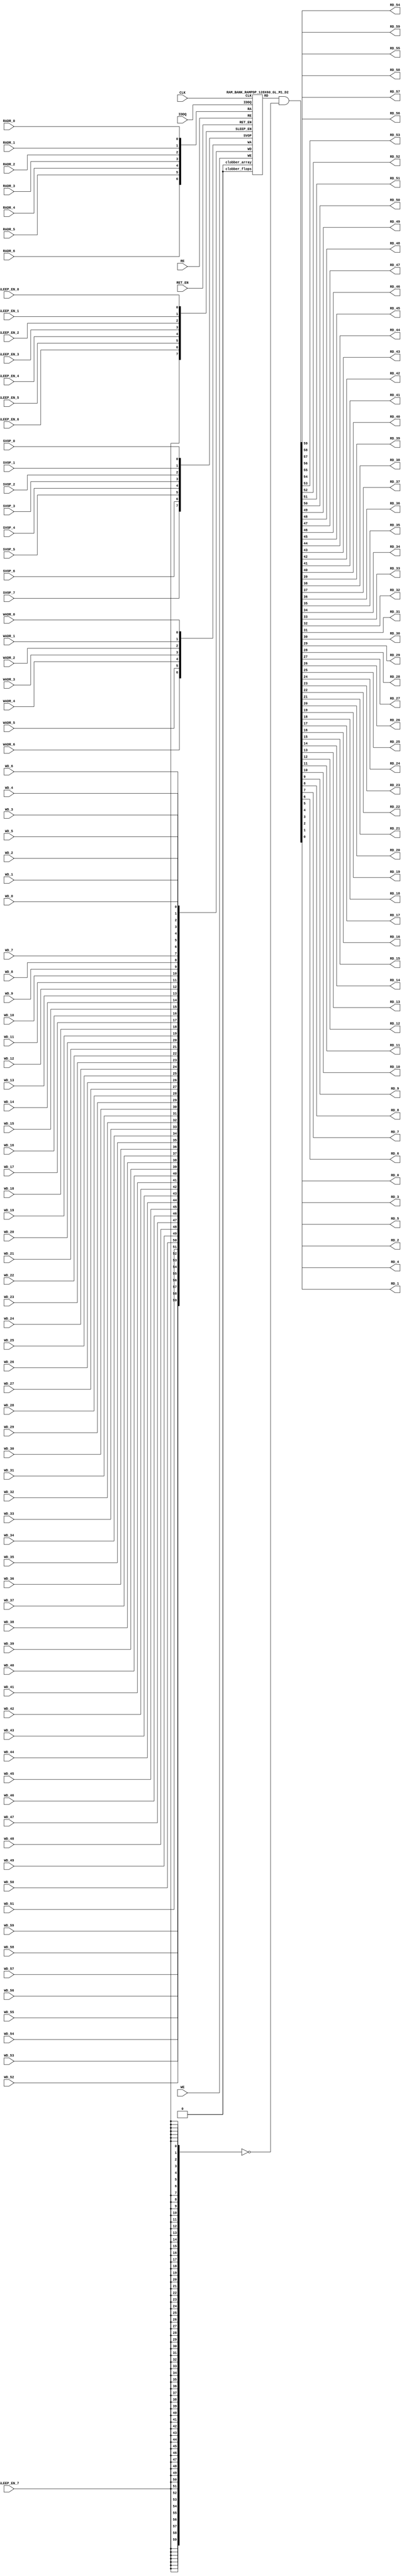
//Technology : TSMC 16FF-LR
//Compiler version: FINAL.1 - 2017-05-25.18:47:15
`ifdef EMULATION
 `define SYNTHESIS
`endif
`ifndef SYNTHESIS
 `ifdef FAULT_INJECTION
  `define SIM_and_FAULT
 `endif
`endif
`ifndef SYNTHESIS
 `ifdef MONITOR
  `define SIM_and_MONITOR
 `endif
`endif
`ifndef SYNTHESIS
`timescale 10ps/1ps
`endif
`celldefine
module RAMPDP_128X60_GL_M1_D2 ( WE, CLK, IDDQ, SVOP_0, SVOP_1, SVOP_2, SVOP_3, SVOP_4, SVOP_5, SVOP_6, SVOP_7
,WD_59, WD_58, WD_57, WD_56, WD_55, WD_54, WD_53, WD_52, WD_51, WD_50, WD_49, WD_48, WD_47, WD_46, WD_45, WD_44, WD_43, WD_42, WD_41, WD_40, WD_39, WD_38, WD_37, WD_36, WD_35, WD_34, WD_33, WD_32, WD_31, WD_30, WD_29, WD_28, WD_27, WD_26, WD_25, WD_24, WD_23, WD_22, WD_21, WD_20, WD_19, WD_18, WD_17, WD_16, WD_15, WD_14, WD_13, WD_12, WD_11, WD_10, WD_9, WD_8, WD_7, WD_6, WD_5, WD_4, WD_3, WD_2, WD_1, WD_0,RD_59, RD_58, RD_57, RD_56, RD_55, RD_54, RD_53, RD_52, RD_51, RD_50, RD_49, RD_48, RD_47, RD_46, RD_45, RD_44, RD_43, RD_42, RD_41, RD_40, RD_39, RD_38, RD_37, RD_36, RD_35, RD_34, RD_33, RD_32, RD_31, RD_30, RD_29, RD_28, RD_27, RD_26, RD_25, RD_24, RD_23, RD_22, RD_21, RD_20, RD_19, RD_18, RD_17, RD_16, RD_15, RD_14, RD_13, RD_12, RD_11, RD_10, RD_9, RD_8, RD_7, RD_6, RD_5, RD_4, RD_3, RD_2, RD_1, RD_0, RE
, RADR_6, RADR_5, RADR_4, RADR_3, RADR_2, RADR_1, RADR_0, WADR_6, WADR_5, WADR_4, WADR_3, WADR_2, WADR_1, WADR_0, SLEEP_EN_7, SLEEP_EN_6, SLEEP_EN_5, SLEEP_EN_4, SLEEP_EN_3, SLEEP_EN_2, SLEEP_EN_1, SLEEP_EN_0, RET_EN
);
// nvProps NoBus SLEEP_EN_
`ifndef RAM_INTERFACE
`ifndef SYNTHESIS
// Physical ram size defined as localparam
parameter phy_rows = 128;
parameter phy_cols = 60;
parameter phy_rcols_pos = 60'b000000000000000000000000000000000000000000000000000000000000;
`endif //SYNTHESIS
`endif //RAM_INTERFACE
// Test mode control ports
input IDDQ;
// Clock port
input CLK;
// SVOP ports
input SVOP_0, SVOP_1, SVOP_2, SVOP_3, SVOP_4, SVOP_5, SVOP_6, SVOP_7;
// Write data ports
input WD_59, WD_58, WD_57, WD_56, WD_55, WD_54, WD_53, WD_52, WD_51, WD_50, WD_49, WD_48, WD_47, WD_46, WD_45, WD_44, WD_43, WD_42, WD_41, WD_40, WD_39, WD_38, WD_37, WD_36, WD_35, WD_34, WD_33, WD_32, WD_31, WD_30, WD_29, WD_28, WD_27, WD_26, WD_25, WD_24, WD_23, WD_22, WD_21, WD_20, WD_19, WD_18, WD_17, WD_16, WD_15, WD_14, WD_13, WD_12, WD_11, WD_10, WD_9, WD_8, WD_7, WD_6, WD_5, WD_4, WD_3, WD_2, WD_1, WD_0;
// Read data ports
output RD_59, RD_58, RD_57, RD_56, RD_55, RD_54, RD_53, RD_52, RD_51, RD_50, RD_49, RD_48, RD_47, RD_46, RD_45, RD_44, RD_43, RD_42, RD_41, RD_40, RD_39, RD_38, RD_37, RD_36, RD_35, RD_34, RD_33, RD_32, RD_31, RD_30, RD_29, RD_28, RD_27, RD_26, RD_25, RD_24, RD_23, RD_22, RD_21, RD_20, RD_19, RD_18, RD_17, RD_16, RD_15, RD_14, RD_13, RD_12, RD_11, RD_10, RD_9, RD_8, RD_7, RD_6, RD_5, RD_4, RD_3, RD_2, RD_1, RD_0;
// Read enable ports
input RE;
// Write enable ports
input WE;
// Read address ports
input RADR_6, RADR_5, RADR_4, RADR_3, RADR_2, RADR_1, RADR_0;
// Write address ports
input WADR_6, WADR_5, WADR_4, WADR_3, WADR_2, WADR_1, WADR_0;
// PG Zone enables
input SLEEP_EN_0, SLEEP_EN_1, SLEEP_EN_2, SLEEP_EN_3, SLEEP_EN_4, SLEEP_EN_5, SLEEP_EN_6, SLEEP_EN_7, RET_EN;
`ifndef RAM_INTERFACE
wire VDD = 1'b1;
wire GND = 1'b0;
// Combine the sleep enable pins into one bus
 wire [7:0] SLEEP_EN = {SLEEP_EN_7, SLEEP_EN_6, SLEEP_EN_5, SLEEP_EN_4, SLEEP_EN_3, SLEEP_EN_2, SLEEP_EN_1, SLEEP_EN_0};
// Signal to clamp the outputs when the VDD is power gated off.
 wire clamp_rd = SLEEP_EN[7] ;
// State point clobering signals
// X-out state points when their power goes out
    wire clobber_x;
`ifndef SYNTHESIS
`ifdef DISABLE_REPAIR_X
    wire check_x = (RET_EN ^ (^SLEEP_EN[7:0]) ^ SVOP_0 ^ SVOP_1 ^ SVOP_2 ^ SVOP_3 ^ SVOP_4 ^ SVOP_5 ^ SVOP_6 ^ SVOP_7);
`else
    wire check_x = (RET_EN ^ (^SLEEP_EN[7:0]) ^ SVOP_0 ^ SVOP_1 ^ SVOP_2 ^ SVOP_3 ^ SVOP_4 ^ SVOP_5 ^ SVOP_6 ^ SVOP_7 );
`endif
    assign clobber_x = ((check_x === 1'bx) || (check_x === 1'bz))?1'b1:1'b0;
    wire clobber_array = (~RET_EN & (|SLEEP_EN[3:0])) | clobber_x;
    wire clobber_flops = (|SLEEP_EN[7:4]) | clobber_x ;
`else //SYNTHESIS
    wire clobber_array = 1'b0;
    wire clobber_flops = 1'b0;
    assign clobber_x = 1'b0;
`endif //SYNTHESIS 
// Output valid signal
// Outputs are unknown in non-retention mode if VDDM is powered up , but VDD is not
    wire outvalid;
 assign outvalid = ~(clobber_x | (~RET_EN & (|SLEEP_EN[3:0]) & (|(~SLEEP_EN[7:4]))));
//assemble & rename wires
// Extend the MSB's of the read/write addresses to cover all the flop inputs
// The number of address flops is fixed. Also combine all the individual *_* bits into one bus
 wire [6:0] RA = {RADR_6, RADR_5, RADR_4, RADR_3, RADR_2, RADR_1, RADR_0};
 wire [6:0] WA = {WADR_6, WADR_5, WADR_4, WADR_3, WADR_2, WADR_1, WADR_0};
// Combine all the write data input bits
 wire [59:0] WD = {WD_59, WD_58, WD_57, WD_56, WD_55, WD_54, WD_53, WD_52, WD_51, WD_50, WD_49, WD_48, WD_47, WD_46, WD_45, WD_44, WD_43, WD_42, WD_41, WD_40, WD_39, WD_38, WD_37, WD_36, WD_35, WD_34, WD_33, WD_32, WD_31, WD_30, WD_29, WD_28, WD_27, WD_26, WD_25, WD_24, WD_23, WD_22, WD_21, WD_20, WD_19, WD_18, WD_17, WD_16, WD_15, WD_14, WD_13, WD_12, WD_11, WD_10, WD_9, WD_8, WD_7, WD_6, WD_5, WD_4, WD_3, WD_2, WD_1, WD_0};
 wire [59:0] RD;
// Expand the read data bus into individual output bits
// assign {RD_59, RD_58, RD_57, RD_56, RD_55, RD_54, RD_53, RD_52, RD_51, RD_50, RD_49, RD_48, RD_47, RD_46, RD_45, RD_44, RD_43, RD_42, RD_41, RD_40, RD_39, RD_38, RD_37, RD_36, RD_35, RD_34, RD_33, RD_32, RD_31, RD_30, RD_29, RD_28, RD_27, RD_26, RD_25, RD_24, RD_23, RD_22, RD_21, RD_20, RD_19, RD_18, RD_17, RD_16, RD_15, RD_14, RD_13, RD_12, RD_11, RD_10, RD_9, RD_8, RD_7, RD_6, RD_5, RD_4, RD_3, RD_2, RD_1, RD_0} = (outvalid) ? RD : 60'bx;
// Do the read data swizzing based on the number of words and bits.
`ifndef SYNTHESIS
 assign {RD_59, RD_58, RD_57, RD_56, RD_55, RD_54, RD_53, RD_52, RD_51, RD_50, RD_49, RD_48, RD_47, RD_46, RD_45, RD_44, RD_43, RD_42, RD_41, RD_40, RD_39, RD_38, RD_37, RD_36, RD_35, RD_34, RD_33, RD_32, RD_31, RD_30, RD_29, RD_28, RD_27, RD_26, RD_25, RD_24, RD_23, RD_22, RD_21, RD_20, RD_19, RD_18, RD_17, RD_16, RD_15, RD_14, RD_13, RD_12, RD_11, RD_10, RD_9, RD_8, RD_7, RD_6, RD_5, RD_4, RD_3, RD_2, RD_1, RD_0} = (outvalid) ? RD & ~{60{clamp_rd}} : 60'bx;
`else
 assign {RD_59, RD_58, RD_57, RD_56, RD_55, RD_54, RD_53, RD_52, RD_51, RD_50, RD_49, RD_48, RD_47, RD_46, RD_45, RD_44, RD_43, RD_42, RD_41, RD_40, RD_39, RD_38, RD_37, RD_36, RD_35, RD_34, RD_33, RD_32, RD_31, RD_30, RD_29, RD_28, RD_27, RD_26, RD_25, RD_24, RD_23, RD_22, RD_21, RD_20, RD_19, RD_18, RD_17, RD_16, RD_15, RD_14, RD_13, RD_12, RD_11, RD_10, RD_9, RD_8, RD_7, RD_6, RD_5, RD_4, RD_3, RD_2, RD_1, RD_0} = RD & ~{60{clamp_rd}};
`endif
 wire [7:0] SVOP = {SVOP_7, SVOP_6, SVOP_5, SVOP_4, SVOP_3, SVOP_2, SVOP_1, SVOP_0};
`ifndef EMULATION
// Instantiate memory bank
// This block defines the core functionality of the rams.
 RAM_BANK_RAMPDP_128X60_GL_M1_D2 ITOP ( WE, CLK, IDDQ, SVOP, WD, RD, RE, RA, WA
, SLEEP_EN
, RET_EN, clobber_array , clobber_flops
);
`ifndef SYNTHESIS
// Tasks for initializing the arrays
//VCS coverage off
always @(clobber_array) begin : clobber_array_block
    integer i;
    if (clobber_array) begin
     for (i=0; i<128; i=i+1) begin
       mem_wr_raw(i, {60{1'bx}});
  end
    end
end
always @(clobber_flops) begin
  if (clobber_flops) begin
      ITOP.RE_LATB <= 1'bx;
      ITOP.RE_FF <= 1'bx;
      ITOP.WE_LATB <= 1'bx;
      ITOP.WE_FF <= 1'bx;
      ITOP.RADR <= 7'bx;
      ITOP.WADR <= 7'bx;
      ITOP.WAFF <= 7'bx;
      ITOP.WDQ_pr <= 60'bx;
      ITOP.dout <= 60'bx;
  end
end
//VCS coverage on
//VCS coverage off
task mem_wr_raw;
  input [6:0] addr;
  input [59:0] data;
  begin
        ITOP.iow0.mem_wr_raw_subbank(addr[6:0],data);
  end
endtask
// Ramgen function for writing the arrays
task mem_write;
  input [6:0] addr;
  input [59:0] data;
  begin
    ITOP.mem_write_bank(addr,data);
  end
endtask
// Ramgen function for reading the arrays
function [59:0] mem_read;
input [6:0] addr;
  begin
        mem_read = ITOP.mem_read_bank(addr);
  end
endfunction
// Random only generates 32 bit value.
// If nbits > 32, call it multiple times
// Old random fill fills all memory locations with same random value
task mem_fill_random;
 reg [59:0] val;
 integer i;
 begin
  for (i=0; i<128; i=i+1) begin
      val = {$random, $random};
      mem_wr_raw(i, val);
  end
 end
endtask
// Fill the memory with a given bit value
task mem_fill_value;
    input fill_bit;
 reg [59:0] val;
    integer i;
    begin
        val = {60{fill_bit}};
        for (i=0; i<128; i=i+1) begin
      mem_wr_raw(i, val);
        end
    end
endtask
// read logical address and feed into salat
task force_rd;
input [6:0] addr;
 reg [59:0] rd;
 `ifdef USE_RAMINIT_LIBS
 reg raminit_active, raminit_argcheck, raminit_debug, raminit_enable, raminit_random, raminit_invert,
     raminit_val, raminit_waitclock, raminit_use_force;
 real raminit_delay_ns, raminit_waitclock_check_ns;
 initial
 begin
   raminit_active = 0; // default is inactive (plusarg to active the ram init functionality)
   raminit_argcheck = 0; // default is no plusargs check (apart from raminit_active and raminit_argcheck)
   raminit_debug = 0; // default is no debug messages
   raminit_enable = 0; // default is no init (variable indicating if the ram init functionality is enabled for this instance)
   raminit_random = 0; // default is no random init
   raminit_invert = 0; // default is not to invert the init value
   raminit_val = 0; // default init value is zero
   raminit_waitclock = 0; // default is not to wait to clock to be non-X
   raminit_use_force = 1; // default is to use force/release
   raminit_delay_ns = `ifdef NV_TOP_RESET_ON_DELAY (`NV_TOP_RESET_ON_DELAY+2) `else 3 `endif; // default is 2ns after nv_top_reset_ goes low or ram clock is not X
   raminit_waitclock_check_ns = `ifdef NV_TOP_RESET_OFF_DELAY (`NV_TOP_RESET_OFF_DELAY) `else 0 `endif; // default is when nv_top_reset_ goes high
   $value$plusargs("raminit_active=%d", raminit_active);
   $value$plusargs("raminit_argcheck=%d", raminit_argcheck);
   if (raminit_argcheck)
   begin
// The following variables are not usually used as plusargs, but instead set through add_inst_array calls or the init_inst_file.
     $value$plusargs("raminit_debug=%d", raminit_debug);
     $value$plusargs("raminit_enable=%d", raminit_enable);
     $value$plusargs("raminit_random=%d", raminit_random);
     $value$plusargs("raminit_invert=%d", raminit_invert);
     $value$plusargs("raminit_val=%d", raminit_val);
     $value$plusargs("raminit_waitclock=%d", raminit_waitclock);
     $value$plusargs("raminit_delay_ns=%f", raminit_delay_ns);
     $value$plusargs("raminit_waitclock_check_ns=%f", raminit_waitclock_check_ns);
     $value$plusargs("raminit_use_force=%d", raminit_use_force);
   end
   `ifdef INST_CHECK
   `INST_CHECK(ram_inst_check0,raminit_active,raminit_debug,raminit_enable,raminit_random,raminit_val,raminit_invert,raminit_waitclock,raminit_delay_ns,raminit_waitclock_check_ns);
   `endif
   if (!raminit_active) raminit_enable = 0;
   else if (raminit_enable)
   begin
     if (raminit_random) raminit_val = `ifdef NO_PLI 1'b0 `else $RollPLI(0,1) `endif;
     if (raminit_invert) raminit_val = ~raminit_val;
   end
   if (raminit_debug)
   begin
     $display("%m: raminit_active              = %d", raminit_active);
     $display("%m: raminit_argcheck            = %d", raminit_argcheck);
     $display("%m: raminit_debug               = %d", raminit_debug);
     $display("%m: raminit_enable              = %d", raminit_enable);
     $display("%m: raminit_random              = %d", raminit_random);
     $display("%m: raminit_invert              = %d", raminit_invert);
     $display("%m: raminit_val                 = %d", raminit_val);
     $display("%m: raminit_waitclock           = %d", raminit_waitclock);
     $display("%m: raminit_delay_ns            = %f ns", raminit_delay_ns);
     $display("%m: raminit_waitclock_check_ns  = %f ns", raminit_waitclock_check_ns);
     $display("%m: raminit_use_force           = %d", raminit_use_force);
   end
 end
 `endif
 `ifdef USE_RAMINIT_LIBS
// init rd
 task init_rd_regs;
 begin
   #0; // wait for raminit variables to be set
   if (raminit_enable)
   begin : raminit_val_blk
     reg [60-1:0] raminit_fullval;
     if (raminit_random) raminit_fullval = `ifdef NO_PLI {60 {1'b1}} `else { $RollPLI(0,{32{1'b1}}), $RollPLI(0,{28{1'b1}}) } `endif ;
     else raminit_fullval = {60 {raminit_val}};
     if (raminit_invert) raminit_fullval = ~raminit_fullval;
     if (raminit_use_force) force rd = raminit_fullval;
     if (raminit_waitclock) wait ( !== 1'bx);
     #(raminit_delay_ns*100);
     `ifdef INST_WAITCLOCK_CHECK
     `INST_WAITCLOCK_CHECK(waitclock_inst_check0,raminit_waitclock,raminit_waitclock_check_ns,100)
     `endif
     if (raminit_use_force) release rd;
     rd = raminit_fullval;
   end
 end
 endtask
 initial begin init_rd_regs(); end
 `ifdef RAMINIT_TRIGGER
 always @(`RAMINIT_TRIGGER) init_rd_regs();
 `endif
 `endif // `ifdef USE_RAMINIT_LIBS
 begin
        rd = ITOP.iow0.mem_read_raw_subbank(addr);
  ITOP.dout = rd;
 end
endtask
`ifdef MEM_PHYS_INFO
//function for physical array read row, takes physical address
function [59:0] mem_phys_read_padr;
input [6:0] addr;
 reg [59:0] rd_row;
 `ifdef USE_RAMINIT_LIBS
// init rd_row
 task init_rd_row_regs;
 begin
   #0; // wait for raminit variables to be set
   if (raminit_enable)
   begin : raminit_val_blk
     reg [60-1:0] raminit_fullval;
     if (raminit_random) raminit_fullval = `ifdef NO_PLI {60 {1'b1}} `else { $RollPLI(0,{32{1'b1}}), $RollPLI(0,{28{1'b1}}) } `endif ;
     else raminit_fullval = {60 {raminit_val}};
     if (raminit_invert) raminit_fullval = ~raminit_fullval;
     if (raminit_use_force) force rd_row = raminit_fullval;
     if (raminit_waitclock) wait ( !== 1'bx);
     #(raminit_delay_ns*100);
     `ifdef INST_WAITCLOCK_CHECK
     `INST_WAITCLOCK_CHECK(waitclock_inst_check1,raminit_waitclock,raminit_waitclock_check_ns,100)
     `endif
     if (raminit_use_force) release rd_row;
     rd_row = raminit_fullval;
   end
 end
 endtask
 initial begin init_rd_row_regs(); end
 `ifdef RAMINIT_TRIGGER
 always @(`RAMINIT_TRIGGER) init_rd_row_regs();
 `endif
 `endif // `ifdef USE_RAMINIT_LIBS
 reg [59:0] rd[0:0];
 integer i;
 begin
        rd[0] = ITOP.iow0.mem_read_raw_subbank(addr);
        for (i=0; i<=59; i=i+1) begin
            rd_row[i*1+0] = rd[0][i];
  end
  mem_phys_read_padr = rd_row;
 end
endfunction
//function for physical array read row, takes logical address
function [59:0] mem_phys_read_ladr;
input [6:0] addr;
    reg [6:0] paddr;
 reg [59:0] rd_row;
 `ifdef USE_RAMINIT_LIBS
// init rd_row
 task init_rd_row_regs;
 begin
   #0; // wait for raminit variables to be set
   if (raminit_enable)
   begin : raminit_val_blk
     reg [60-1:0] raminit_fullval;
     if (raminit_random) raminit_fullval = `ifdef NO_PLI {60 {1'b1}} `else { $RollPLI(0,{32{1'b1}}), $RollPLI(0,{28{1'b1}}) } `endif ;
     else raminit_fullval = {60 {raminit_val}};
     if (raminit_invert) raminit_fullval = ~raminit_fullval;
     if (raminit_use_force) force rd_row = raminit_fullval;
     if (raminit_waitclock) wait ( !== 1'bx);
     #(raminit_delay_ns*100);
     `ifdef INST_WAITCLOCK_CHECK
     `INST_WAITCLOCK_CHECK(waitclock_inst_check2,raminit_waitclock,raminit_waitclock_check_ns,100)
     `endif
     if (raminit_use_force) release rd_row;
     rd_row = raminit_fullval;
   end
 end
 endtask
 initial begin init_rd_row_regs(); end
 `ifdef RAMINIT_TRIGGER
 always @(`RAMINIT_TRIGGER) init_rd_row_regs();
 `endif
 `endif // `ifdef USE_RAMINIT_LIBS
 reg [59:0] rd[0:0];
 integer i;
 begin
        paddr = (addr >> 0);
        rd[0] = ITOP.iow0.mem_read_raw_subbank(paddr);
        for (i=0; i<=59; i=i+1) begin
            rd_row[i*1+0] = rd[0][i];
  end
  mem_phys_read_ladr = rd_row;
 end
endfunction
//function for physical array read row with column masking, takes logical address
function [59:0] mem_phys_read_pmasked;
input [6:0] addr;
   reg [59:0] rd_row;
   `ifdef USE_RAMINIT_LIBS
// init rd_row
   task init_rd_row_regs;
   begin
     #0; // wait for raminit variables to be set
     if (raminit_enable)
     begin : raminit_val_blk
       reg [60-1:0] raminit_fullval;
       if (raminit_random) raminit_fullval = `ifdef NO_PLI {60 {1'b1}} `else { $RollPLI(0,{32{1'b1}}), $RollPLI(0,{28{1'b1}}) } `endif ;
       else raminit_fullval = {60 {raminit_val}};
       if (raminit_invert) raminit_fullval = ~raminit_fullval;
       if (raminit_use_force) force rd_row = raminit_fullval;
       if (raminit_waitclock) wait ( !== 1'bx);
       #(raminit_delay_ns*100);
       `ifdef INST_WAITCLOCK_CHECK
       `INST_WAITCLOCK_CHECK(waitclock_inst_check3,raminit_waitclock,raminit_waitclock_check_ns,100)
       `endif
       if (raminit_use_force) release rd_row;
       rd_row = raminit_fullval;
     end
   end
   endtask
   initial begin init_rd_row_regs(); end
   `ifdef RAMINIT_TRIGGER
   always @(`RAMINIT_TRIGGER) init_rd_row_regs();
   `endif
   `endif // `ifdef USE_RAMINIT_LIBS
   reg [59:0] rd[0 : 0];
   integer i;
   begin
        rd_row = ITOP.iow0.mem_read_raw_subbank(addr);
        mem_phys_read_pmasked = rd_row;
    end
endfunction
//Task for physical array write row, takes physical address
task mem_phys_write;
input [6:0] addr;
input [59:0] data;
 reg [59:0] wr[0:0];
 integer i;
 begin
        for (i=0; i<=59; i=i+1) begin
            wr[0][i] = data[i*1+0];
  end
        ITOP.iow0.mem_wr_raw_subbank(addr,wr[0]);
 end
endtask
// Function to return a physical address given a logical address input.
function [6:0] mem_log_to_phys_adr;
input [6:0] addr;
    begin
        mem_log_to_phys_adr = (addr >> 0) ;
    end
endfunction
`endif //MEM_PHYS_INFO
`ifdef MONITOR
// Monitor dump trigger
reg dump_monitor_result;
initial begin : init_monitor
  dump_monitor_result = 1'b0;
end
task monitor_on;
    begin
  ITOP.iow0.monitor_on = 1'b1;
   end
endtask
task monitor_off;
    begin
  ITOP.iow0.monitor_on = 1'b0;
        dump_monitor_result = 1'b1;
    end
endtask
// read bit_written monitor row by physical address from subarray
function [59:0] mon_bit_w;
input [6:0] addr;
 reg [59:0] mon_row;
 reg [59:0] mon_word[0:0];
 integer i;
 begin
// read all monitor words for a row
  mon_word[0] = ITOP.iow0.bit_written[addr];
// combine all 1 words to a row
  for (i=0; i<=59; i=i+1) begin
   mon_row[i*1+0] = mon_word[0][i];
  end
  mon_bit_w = mon_row;
 end
endfunction
// read bit_read monitor word by address from subarray
function [59:0] mon_bit_r;
input [6:0] addr;
 reg [59:0] mon_row;
 reg [59:0] mon_word[0:0];
 integer i;
 begin
// read all monitor words for a row
  mon_word[0] = ITOP.iow0.bit_read[addr];
// combine all 1 words to a row
  for (i=0; i<=59; i=i+1) begin
   mon_row[i*1+0] = mon_word[0][i];
  end
  mon_bit_r = mon_row;
 end
endfunction
// read word_written monitor row by physical address from subarray
function mon_word_w;
input [6:0] addr;
 reg mon_word[0:0];
 integer i;
 begin
// read all monitor words for a row
  mon_word[0] = ITOP.iow0.word_written[addr];
// combine all 1 words to a row
  mon_word_w = mon_word[0] ;
 end
endfunction
// read word_read monitor row by physical address from subarray
function mon_word_r;
input [6:0] addr;
 reg mon_word[0:0];
 integer i;
 begin
// read all monitor words for a row
  mon_word[0] = ITOP.iow0.word_read[addr];
// combine all 1 words to a row
  mon_word_r = mon_word[0] ;
 end
endfunction
always @(dump_monitor_result) begin : dump_monitor
 integer i;
 integer j;
 reg [59:0] tmp_row;
    reg tmp_bit;
 if (dump_monitor_result == 1'b1) begin
     $display("Exercised coverage summary:");
        $display("\t%m rows unwritten:");
        for(i=0;i<=128;i=i+1) begin
   tmp_bit = mon_word_w(i);
            if (tmp_bit !== 1) $display("\t\trow %d", i);
  end
        $display("\t%m rows unread:");
        for(i=0;i<=128;i=i+1) begin
   tmp_bit = mon_word_r(i);
            if (tmp_bit !== 1) $display("\t\trow %d", i);
  end
  $display("\t%m bits not written as 0:");
  for (i=0; i<128; i=i+1) begin
   tmp_row = mon_bit_w(i);
   for (j=0; j<60; j=j+1) begin
    if (tmp_row[j] !== 1'b0 && tmp_row[j] !== 1'bz) $display("\t\t[row,bit] [%d,%d]", i, j);
   end
  end
  $display("\t%m bits not written as 1:");
  for (i=0; i<128; i=i+1) begin
   tmp_row = mon_bit_w(i);
   for (j=0; j<60; j=j+1) begin
    if (tmp_row[j] !== 1'b1 && tmp_row[j] !== 1'bz) $display("\t\t[row,bit] [%d,%d]", i, j);
   end
  end
  $display("\t%m bits not read as 0:");
  for (i=0; i<128; i=i+1) begin
   tmp_row = mon_bit_r(i);
   for (j=0; j<60; j=j+1) begin
    if (tmp_row[j] !== 1'b0 && tmp_row[j] !== 1'bz) $display("\t\t[row,bit] [%d,%d]", i, j);
   end
  end
  $display("\t%m bits not read as 1:");
  for (i=0; i<128; i=i+1) begin
   tmp_row = mon_bit_r(i);
   for (j=0; j<60; j=j+1) begin
    if (tmp_row[j] !== 1'b1 && tmp_row[j] !== 1'bz) $display("\t\t[row,bit] [%d,%d]", i, j);
   end
  end
  dump_monitor_result = 1'b0;
 end
end
//VCS coverage on
`endif // MONITOR
`ifdef NV_RAM_EXPAND_ARRAY
wire [59:0] Q_0 = ITOP.iow0.arr[0];
wire [59:0] Q_1 = ITOP.iow0.arr[1];
wire [59:0] Q_2 = ITOP.iow0.arr[2];
wire [59:0] Q_3 = ITOP.iow0.arr[3];
wire [59:0] Q_4 = ITOP.iow0.arr[4];
wire [59:0] Q_5 = ITOP.iow0.arr[5];
wire [59:0] Q_6 = ITOP.iow0.arr[6];
wire [59:0] Q_7 = ITOP.iow0.arr[7];
wire [59:0] Q_8 = ITOP.iow0.arr[8];
wire [59:0] Q_9 = ITOP.iow0.arr[9];
wire [59:0] Q_10 = ITOP.iow0.arr[10];
wire [59:0] Q_11 = ITOP.iow0.arr[11];
wire [59:0] Q_12 = ITOP.iow0.arr[12];
wire [59:0] Q_13 = ITOP.iow0.arr[13];
wire [59:0] Q_14 = ITOP.iow0.arr[14];
wire [59:0] Q_15 = ITOP.iow0.arr[15];
wire [59:0] Q_16 = ITOP.iow0.arr[16];
wire [59:0] Q_17 = ITOP.iow0.arr[17];
wire [59:0] Q_18 = ITOP.iow0.arr[18];
wire [59:0] Q_19 = ITOP.iow0.arr[19];
wire [59:0] Q_20 = ITOP.iow0.arr[20];
wire [59:0] Q_21 = ITOP.iow0.arr[21];
wire [59:0] Q_22 = ITOP.iow0.arr[22];
wire [59:0] Q_23 = ITOP.iow0.arr[23];
wire [59:0] Q_24 = ITOP.iow0.arr[24];
wire [59:0] Q_25 = ITOP.iow0.arr[25];
wire [59:0] Q_26 = ITOP.iow0.arr[26];
wire [59:0] Q_27 = ITOP.iow0.arr[27];
wire [59:0] Q_28 = ITOP.iow0.arr[28];
wire [59:0] Q_29 = ITOP.iow0.arr[29];
wire [59:0] Q_30 = ITOP.iow0.arr[30];
wire [59:0] Q_31 = ITOP.iow0.arr[31];
wire [59:0] Q_32 = ITOP.iow0.arr[32];
wire [59:0] Q_33 = ITOP.iow0.arr[33];
wire [59:0] Q_34 = ITOP.iow0.arr[34];
wire [59:0] Q_35 = ITOP.iow0.arr[35];
wire [59:0] Q_36 = ITOP.iow0.arr[36];
wire [59:0] Q_37 = ITOP.iow0.arr[37];
wire [59:0] Q_38 = ITOP.iow0.arr[38];
wire [59:0] Q_39 = ITOP.iow0.arr[39];
wire [59:0] Q_40 = ITOP.iow0.arr[40];
wire [59:0] Q_41 = ITOP.iow0.arr[41];
wire [59:0] Q_42 = ITOP.iow0.arr[42];
wire [59:0] Q_43 = ITOP.iow0.arr[43];
wire [59:0] Q_44 = ITOP.iow0.arr[44];
wire [59:0] Q_45 = ITOP.iow0.arr[45];
wire [59:0] Q_46 = ITOP.iow0.arr[46];
wire [59:0] Q_47 = ITOP.iow0.arr[47];
wire [59:0] Q_48 = ITOP.iow0.arr[48];
wire [59:0] Q_49 = ITOP.iow0.arr[49];
wire [59:0] Q_50 = ITOP.iow0.arr[50];
wire [59:0] Q_51 = ITOP.iow0.arr[51];
wire [59:0] Q_52 = ITOP.iow0.arr[52];
wire [59:0] Q_53 = ITOP.iow0.arr[53];
wire [59:0] Q_54 = ITOP.iow0.arr[54];
wire [59:0] Q_55 = ITOP.iow0.arr[55];
wire [59:0] Q_56 = ITOP.iow0.arr[56];
wire [59:0] Q_57 = ITOP.iow0.arr[57];
wire [59:0] Q_58 = ITOP.iow0.arr[58];
wire [59:0] Q_59 = ITOP.iow0.arr[59];
wire [59:0] Q_60 = ITOP.iow0.arr[60];
wire [59:0] Q_61 = ITOP.iow0.arr[61];
wire [59:0] Q_62 = ITOP.iow0.arr[62];
wire [59:0] Q_63 = ITOP.iow0.arr[63];
wire [59:0] Q_64 = ITOP.iow0.arr[64];
wire [59:0] Q_65 = ITOP.iow0.arr[65];
wire [59:0] Q_66 = ITOP.iow0.arr[66];
wire [59:0] Q_67 = ITOP.iow0.arr[67];
wire [59:0] Q_68 = ITOP.iow0.arr[68];
wire [59:0] Q_69 = ITOP.iow0.arr[69];
wire [59:0] Q_70 = ITOP.iow0.arr[70];
wire [59:0] Q_71 = ITOP.iow0.arr[71];
wire [59:0] Q_72 = ITOP.iow0.arr[72];
wire [59:0] Q_73 = ITOP.iow0.arr[73];
wire [59:0] Q_74 = ITOP.iow0.arr[74];
wire [59:0] Q_75 = ITOP.iow0.arr[75];
wire [59:0] Q_76 = ITOP.iow0.arr[76];
wire [59:0] Q_77 = ITOP.iow0.arr[77];
wire [59:0] Q_78 = ITOP.iow0.arr[78];
wire [59:0] Q_79 = ITOP.iow0.arr[79];
wire [59:0] Q_80 = ITOP.iow0.arr[80];
wire [59:0] Q_81 = ITOP.iow0.arr[81];
wire [59:0] Q_82 = ITOP.iow0.arr[82];
wire [59:0] Q_83 = ITOP.iow0.arr[83];
wire [59:0] Q_84 = ITOP.iow0.arr[84];
wire [59:0] Q_85 = ITOP.iow0.arr[85];
wire [59:0] Q_86 = ITOP.iow0.arr[86];
wire [59:0] Q_87 = ITOP.iow0.arr[87];
wire [59:0] Q_88 = ITOP.iow0.arr[88];
wire [59:0] Q_89 = ITOP.iow0.arr[89];
wire [59:0] Q_90 = ITOP.iow0.arr[90];
wire [59:0] Q_91 = ITOP.iow0.arr[91];
wire [59:0] Q_92 = ITOP.iow0.arr[92];
wire [59:0] Q_93 = ITOP.iow0.arr[93];
wire [59:0] Q_94 = ITOP.iow0.arr[94];
wire [59:0] Q_95 = ITOP.iow0.arr[95];
wire [59:0] Q_96 = ITOP.iow0.arr[96];
wire [59:0] Q_97 = ITOP.iow0.arr[97];
wire [59:0] Q_98 = ITOP.iow0.arr[98];
wire [59:0] Q_99 = ITOP.iow0.arr[99];
wire [59:0] Q_100 = ITOP.iow0.arr[100];
wire [59:0] Q_101 = ITOP.iow0.arr[101];
wire [59:0] Q_102 = ITOP.iow0.arr[102];
wire [59:0] Q_103 = ITOP.iow0.arr[103];
wire [59:0] Q_104 = ITOP.iow0.arr[104];
wire [59:0] Q_105 = ITOP.iow0.arr[105];
wire [59:0] Q_106 = ITOP.iow0.arr[106];
wire [59:0] Q_107 = ITOP.iow0.arr[107];
wire [59:0] Q_108 = ITOP.iow0.arr[108];
wire [59:0] Q_109 = ITOP.iow0.arr[109];
wire [59:0] Q_110 = ITOP.iow0.arr[110];
wire [59:0] Q_111 = ITOP.iow0.arr[111];
wire [59:0] Q_112 = ITOP.iow0.arr[112];
wire [59:0] Q_113 = ITOP.iow0.arr[113];
wire [59:0] Q_114 = ITOP.iow0.arr[114];
wire [59:0] Q_115 = ITOP.iow0.arr[115];
wire [59:0] Q_116 = ITOP.iow0.arr[116];
wire [59:0] Q_117 = ITOP.iow0.arr[117];
wire [59:0] Q_118 = ITOP.iow0.arr[118];
wire [59:0] Q_119 = ITOP.iow0.arr[119];
wire [59:0] Q_120 = ITOP.iow0.arr[120];
wire [59:0] Q_121 = ITOP.iow0.arr[121];
wire [59:0] Q_122 = ITOP.iow0.arr[122];
wire [59:0] Q_123 = ITOP.iow0.arr[123];
wire [59:0] Q_124 = ITOP.iow0.arr[124];
wire [59:0] Q_125 = ITOP.iow0.arr[125];
wire [59:0] Q_126 = ITOP.iow0.arr[126];
wire [59:0] Q_127 = ITOP.iow0.arr[127];
`endif //NV_RAM_EXPAND_ARRAY
`endif //SYNTHESIS
`ifdef FAULT_INJECTION
// BIST stuck at tasks
// induce faults on columns
//VCS coverage off
task mem_fault_no_write;
input [59:0] fault_mask;
    begin
        ITOP.iow0.mem_fault_no_write_subbank(fault_mask);
    end
endtask
task mem_fault_stuck_0;
input [59:0] fault_mask;
    begin
        ITOP.iow0.mem_fault_stuck_0_subbank(fault_mask);
    end
endtask
task mem_fault_stuck_1;
input [59:0] fault_mask;
    begin
        ITOP.iow0.mem_fault_stuck_1_subbank(fault_mask);
    end
endtask
task set_bit_fault_stuck_0;
input r;
input c;
integer r;
integer c;
    ITOP.iow0.set_bit_fault_stuck_0_subbank(r, c);
endtask
task set_bit_fault_stuck_1;
input r;
input c;
integer r;
integer c;
    ITOP.iow0.set_bit_fault_stuck_1_subbank(r, c);
endtask
task clear_bit_fault_stuck_0;
input r;
input c;
integer r;
integer c;
    ITOP.iow0.clear_bit_fault_stuck_0_subbank(r, c);
endtask
task clear_bit_fault_stuck_1;
input r;
input c;
integer r;
integer c;
    ITOP.iow0.clear_bit_fault_stuck_1_subbank(r, c);
endtask
//VCS coverage on
`endif // STUCK
`else // EMULATION=1 
//VCS coverage off
// The emulation model is a simple model which models only basic functionality and contains no test logic or redundancy.
// The model also uses flops wherever possible. Latches are avoided to help close timing on the emulator.
// The unused pins are left floating in the model.
// Register declarations
// enables
    reg RE_FF,WE_FF,RE_LAT,WE_LAT;
// Addresses
    reg [6:0] RAFF,WAFF;
// Data
    reg [59:0] WD_FF;
    reg [59:0] RD_LAT;
// Latch the enables
//spyglass disable_block IntClock,W18
    always @(*) begin
        if (!CLK) begin
            RE_LAT <= RE;
            WE_LAT <= WE;
        end
    end
//spyglass enable_block IntClock,W18
// Flop the enables : RE/WE/RE_O
    always @(posedge CLK) begin
        RE_FF <= RE; //spyglass disable IntClock
        WE_FF <= WE; //spyglass disable IntClock
    end
// Gated clock for the read/write operations
    wire RECLK = CLK & RE_LAT; //spyglass disable GatedClock
    wire WECLK = CLK & WE_LAT; //spyglass disable GatedClock
// Flop the addresses/write data//mask 
    always @(posedge RECLK)
        RAFF <= RA; //spyglass disable IntClock
    always @(posedge WECLK) begin
        WAFF <= WA; //spyglass disable IntClock
        WD_FF <= WD; //spyglass disable IntClock
    end
// Memory
    reg [59:0] mem[127:0];
// write into the memory on negative edge of clock
   wire WRCLK = ~CLK & WE_FF ; //spyglass disable GatedClock
    always @(posedge WRCLK)
        mem[WAFF] <= WD_FF; //spyglass disable SYNTH_5130
// Read
    wire [59:0] dout;
    assign dout = mem[RAFF]; //spyglass disable SYNTH_5130
    reg [59:0] dout_LAT;
    always @(RECLK or dout)
        if (RECLK)
            dout_LAT <= dout; //spyglass disable W18
    assign RD = dout_LAT;
`endif // EMULATION
//VCS coverage on
`endif // end RAM_INTERFACE
endmodule
`endcelldefine
`ifndef RAM_INTERFACE
`ifndef EMULATION
//memory bank block
module RAM_BANK_RAMPDP_128X60_GL_M1_D2 ( WE, CLK, IDDQ, SVOP, WD, RD, RE, RA, WA
, SLEEP_EN
, RET_EN , clobber_array , clobber_flops
);
// Input/output port definitions
input WE, CLK, IDDQ , RE;
input [7:0] SVOP;
input [59:0] WD;
input [6:0] RA, WA;
output [59:0] RD;
input [7:0] SLEEP_EN;
input RET_EN , clobber_array , clobber_flops ;
// When there is no bypass requested, tie the internal bypass select to 0.
    wire RDBYP = 1'b0;
//Definitions of latches and flops in the design
// *_LAT --> Latched value
// *_LATB --> inverted latch value
// *_FF --> Flopped version
 reg RE_LATB, RE_FF, WE_LATB, WE_FF;
 reg [6:0] RADR, WADR, WAFF;
// For non-pipelined rams , capture_dis is disabled
    wire CAPT_DIS = 1'b0;
// Clamp the array access when IDDQ=1
 wire CLAMPB = ~IDDQ;
 wire latffclk = CLK;
// Latch and flop the primary control enables. This is on the unconditional clock.
// spyglass disable_block W18
 always @(*) begin
// Latch part
  if(!latffclk & !clobber_flops) begin
            RE_LATB <= ~RE ;
// Write Enable
   WE_LATB <= ~WE; // spyglass disable IntClock
  end // end if
 end // end always
 always @(*) begin
// Flop part
  if (latffclk & !clobber_flops) begin
// Flop outputs of the latches above
            WE_FF <= ~WE_LATB;
   RE_FF <= ~RE_LATB;
        end // end if
    end // end always
// spyglass enable_block W18
// Conditional clock generation.
// Write enable and clock
// Clocks are generated when the write enable OR SE == 1 , but SHOLD == 0
    wire we_se = ~WE_LATB;
 wire WRDCLK = we_se & latffclk & !clobber_flops; // spyglass disable GatedClock
 wire WADRCLK = WRDCLK;
// Read enable and clock
// There is no SHOLD dependence on the read clocks because these are implemented using loopback flops
// Clocks are generated when the Read enable OR SE == 1
    wire re_se = ~RE_LATB;
 wire RADRCLK = re_se & latffclk ;
// *** The model reads in A , writes in B ***
// Read clock to the memory is off the rising edge of clock
// CLk ==1 , when RE=1 or (SE=1 and SCRE=1) && (ACC_DIS == 1)
// SE=1 and SCRE=1 is needed to force known values into the latches for launch in testmodes.
 wire RECLK = (~RE_LATB) & CLAMPB & !clobber_flops & !RET_EN & CLK;
// Writes are shifted to the low phase of the clock
// Flopped version of the enables are used to prevent glitches in the clock
// SCWI ==1 prevents writes into the memory
    wire WECLK = WE_FF & CLAMPB & !clobber_flops & !RET_EN & ~CLK;
 wire RWSEL = WE_FF & CLAMPB & ~CLK;
// Latch read addresses
// spyglass disable_block W18
 always @(*) begin
  if(!RADRCLK & !clobber_flops) begin
   RADR <= RA;
  end // end if
 end // end always
// Flop write address
 always @(posedge WADRCLK) begin
  WAFF <= WA ;
 end
// spyglass enable_block W18
// Force the MSB's to 0 in the SCRE mode. This makes sure that we will always read in from valid addresses for resetting the output latches.
 wire [6:0] RADRSWI = RADR[6:0];
// Select the read address when CLK=1 and write addresses when CLK=0
 wire [6:0] ADR = {7{RWSEL}} & WAFF | ~{7{RWSEL}} & RADRSWI;
 wire [7:0] fusePDEC2;
 wire [7:0] fusePDEC1;
 wire [7:0] fusePDEC0;
    wire fuseien;
// Non repairable rams
    assign fusePDEC2 = {8{1'b0}};
    assign fusePDEC1 = {8{1'b0}};
    assign fusePDEC0 = {8{1'b0}};
    assign fuseien = 0;
//io part
 wire [59:0] WDQ;
 wire [59:0] WDBQ;
 wire [59:0] WMNexp;
 wire [59:0] WMNQ;
// Expand the fuse predec to 512 bits . It follows the 8x8x8 repeat pattern
// We will use only the ones needed for this particular ram configuration and ignore the rest
 wire [511:0] PDEC2 = {{64{fusePDEC2[7]}}, {64{fusePDEC2[6]}}, {64{fusePDEC2[5]}}, {64{fusePDEC2[4]}}, {64{fusePDEC2[3]}}, {64{fusePDEC2[2]}}, {64{fusePDEC2[1]}}, {64{fusePDEC2[0]}}};
 wire [511:0] PDEC1 = {8{{8{fusePDEC1[7]}}, {8{fusePDEC1[6]}}, {8{fusePDEC1[5]}}, {8{fusePDEC1[4]}}, {8{fusePDEC1[3]}}, {8{fusePDEC1[2]}}, {8{fusePDEC1[1]}}, {8{fusePDEC1[0]}}}};
 wire [511:0] PDEC0 = {64{fusePDEC0[7:0]}};
 wire [59:0] BADBIT, SHFT;
// SHIFT<*> == 1 --> No repair at that bit , 0 --> repair at that bit .
// SHIFT<X> == not(and Pdec*<X>) & SHIFT<X-1>
    assign BADBIT = {60{1'b0}};
    assign SHFT = {60{1'b1}};
    reg [59:0] WDQ_pr;
    wire [59:0] WDBQ_pr;
    assign WMNexp = {60{1'b1}};
    always @(posedge WRDCLK) begin
// Flop write data
  WDQ_pr[59:0] <= WD & WMNexp;
 end
    assign WDBQ_pr = ~WDQ_pr;
    assign WMNQ = (WDQ | WDBQ);
 assign WDQ = WDQ_pr;
 assign WDBQ = WDBQ_pr;
    reg [59:0] dout;
 wire [59:0] RD;
 wire RD_rdnt0,RD_rdnt1;
 wire [59:0] sel_normal, sel_redun;
// Read bypass is not used for non custom ram
 wire [59:0] RDBYPASS = {60{1'b0}};
// Read bypass will override redunancy mux .
 assign sel_redun = ~SHFT & ~RDBYPASS;
 assign sel_normal = SHFT & ~RDBYPASS;
// Non pipelined Read out. This is a 2 to 1 mux with bypass taking priority
 assign RD = sel_normal & dout | RDBYPASS & WDQ_pr;
// FOR SIMULATION ONLY. REMOVE WHEN ASSERTIONS ARE AVAILABLE!
// The following section figures out the unused address space and forces a X out on the reads/prevents writes
// #unusedbits 0 #lowcmidx 0 #cmstep 1 #cm 1 #maxaddr 128
    wire legal, tiedvalid, empadd;
    assign tiedvalid = 1'b1;
// Max address is 128 --> ['1', '1', '1', '1', '1', '1', '1']
    assign empadd = 1'b0;
// It is a legal input address if it does not fall in the empty space.
    assign legal = tiedvalid & ~empadd ;
    wire [59:0] force_x;
`ifndef SYNTHESIS
    assign force_x = {60{1'bx}};
`else
    assign force_x = {60{1'b0}};
`endif
// Generate the read and write clocks for the various CM banks
    wire RdClk0;
    wire WrClk0;
    assign RdClk0 = RECLK;
    assign WrClk0 = WECLK & legal;
    wire [59:0] rmuxd0;
    wire [59:0] dout0;
// Mux the way reads onto the final read busa
// Output X's if the address is invalid
//assign rmuxd0 = legal ? {60{RdClk0}} & ~dout0 : force_x;
 assign rmuxd0 = {60{RdClk0}} & ~dout0 ;
    always @(RECLK or rmuxd0)
    begin
        if (RECLK)
     begin
            dout[59:0] <= (rmuxd0[59:0]); // spyglass disable W18 
        end
    end
// Instantiate the memory banks. One for each CM .
    RAMPDP_128X60_GL_M1_D2_ram # (128, 60, 7) iow0 (
  WAFF[6:0],
  WrClk0,
        WMNQ,
  WDQ,
  RADRSWI[6:0],
  dout0
 );
`ifndef SYNTHESIS
// Tasks for initializing the arrays
// Ramgen function for writing the arrays
//VCS coverage off
task mem_write_bank;
  input [6:0] addr;
  input [59:0] data;
  reg [59:0] wdat;
  begin
    wdat = data;
    iow0.mem_wr_raw_subbank(addr[6:0],wdat);
  end
endtask
// Ramgen function for reading the arrays
function [59:0] mem_read_bank;
input [6:0] addr;
reg [59:0] memout;
  begin
    memout = iow0.mem_read_raw_subbank(addr);
    mem_read_bank = memout;
  end
endfunction
//VCS coverage on
`endif //SYNTHESIS
endmodule
`endif // end EMULATION
`endif // end RAM_INTERFACE 
`ifndef RAM_INTERFACE
`ifndef EMULATION
module RAMPDP_128X60_GL_M1_D2_ram (
   wadr,
   wrclk,
   wrmaskn,
   wrdata,
   radr,
   rout_B
);
// default parameters
parameter words = 128;
parameter bits = 60;
parameter addrs = 7;
// Write address
input [addrs-1:0] wadr;
// Write clock
input wrclk;
// Write data
input [bits-1:0] wrdata;
// Write Mask
input [bits-1:0] wrmaskn;
// Read address
input [addrs-1:0] radr;
// Read out
wire [bits-1:0] rdarr;
output [bits-1:0] rout_B;
// Memory . words X bits
reg [bits-1:0] arr[0:words-1];
`ifdef SIM_and_FAULT
// regs for inducing faults
reg [bits-1:0] fault_no_write; // block writes to this column
reg [bits-1:0] fault_stuck_0; // column always reads as 0
reg [bits-1:0] fault_stuck_1; // column always reads as 1
reg [bits-1:0] bit_fault_stuck_0[0:words-1]; // column always reads as 0
reg [bits-1:0] bit_fault_stuck_1[0:words-1]; // column always reads as 1
initial begin : init_bit_fault_stuck
    integer i;
    integer j;
    fault_no_write = {bits{1'b0}};
    fault_stuck_0 = {bits{1'b0}};
    fault_stuck_1 = {bits{1'b0}};
    for ( i =0; i <=words; i=i+1) begin
        bit_fault_stuck_0[i] = {bits{1'b0}};
        bit_fault_stuck_1[i] = {bits{1'b0}};
    end
end
`endif // FAULT
`ifdef SIM_and_MONITOR
//VCS coverage off
// monitor variables
reg monitor_on;
reg [words-1:0] word_written;
reg [words-1:0] word_read;
reg [bits-1:0] bit_written[0:words-1];
reg [bits-1:0] bit_read[0:words-1];
initial begin : init_monitor
  integer i;
  monitor_on = 1'b0;
  for(i=0;i<= words-1;i=i+1) begin
      word_written[i] = 1'b0;
      word_read[i] = 1'b0;
      bit_written[i] = {bits{1'bx}};
      bit_read[i] = {bits{1'bx}};
  end
end
`endif // MONITOR
//VCS coverage on
// Bit write enable
// Write only when mask=1. Else hold the data.
`ifdef SIM_and_FAULT
// Include fault registers
wire [bits-1:0] bwe = wrmaskn & ~fault_no_write;
`else //SIM_and_FAULT
wire [bits-1:0] bwe = wrmaskn ;
`endif //SIM_and_FAULT
wire [bits-1:0] bitclk = {bits{wrclk}} & bwe ;
integer i;
`ifdef SIM_and_FAULT
always @(bitclk or wadr or wrdata)
`else
always @(wrclk or wadr or wrdata)
`endif
begin
`ifdef SIM_and_FAULT
    for (i=0 ; i<bits ; i=i+1)
    begin
        if (bitclk[i])
            arr[wadr][i] <= wrdata[i]; // spyglass disable SYNTH_5130,W18
    end
`else
    if (wrclk)
        arr[wadr] <= wrdata; // spyglass disable SYNTH_5130,W18
`endif
`ifdef SIM_and_MONITOR
//VCS coverage off
    for (i=0 ; i<bits ; i=i+1)
    begin
`ifdef SIM_and_FAULT
        if (bitclk[i])
`else
        if (wrclk)
`endif // FAULT
        begin
// Check which bits are being written. Also track the values as per table below.
// 1'bx = not accessed
// 1'b0 = accessed as a 0
// 1'b1 = accessed as a 1
// 1'bz = accessed as both 0 and 1
            if (monitor_on) begin
    case (bit_written[wadr][i]) // spyglass disable SYNTH_5130,W18
     1'bx: bit_written[wadr][i] = wrdata[i];
     1'b0: bit_written[wadr][i] = wrdata[i] == 1 ? 1'bz : 1'b0;
     1'b1: bit_written[wadr][i] = wrdata[i] == 0 ? 1'bz : 1'b1;
     1'bz: bit_written[wadr][i] = 1'bz;
    endcase
            end
        end // if
    end //for
    if (monitor_on) begin
// Word is considered written if any of the bits are written
`ifdef SIM_and_FAULT
        word_written[wadr] <= |(bitclk) | word_written[wadr]; // spyglass disable SYNTH_5130,W18
`else
        word_written[wadr] <= wrclk | word_written[wadr]; // spyglass disable SYNTH_5130,W18
`endif // FAULT
    end
`endif // MONITOR
//VCS coverage on
end
`ifdef SIM_and_FAULT
// Include fault registers
wire [bits-1:0] bre = ~(bit_fault_stuck_1[radr] | bit_fault_stuck_0[radr]); // spyglass disable SYNTH_5130
`else //SIM_and_FAULT
wire [bits-1:0] bre = {bits{1'b1}};
`endif //SIM_and_FAULT
// Read the unlatched data out.
`ifdef SIM_and_FAULT
assign rdarr = (~arr[radr] | bit_fault_stuck_0[radr]) & ~bit_fault_stuck_1[radr]; // spyglass disable SYNTH_5130
`else
assign rdarr = ~arr[radr]; // spyglass disable SYNTH_5130
`endif
`ifdef SIM_and_MONITOR
//VCS coverage off
always @radr begin
// Check if a bit in the word can be read.
// 1'bx = not accessed
// 1'b0 = accessed as a 0
// 1'b1 = accessed as a 1
// 1'bz = accessed as both 0 and 1
    if (monitor_on) begin
        for (i=0; i<bits; i=i+1) begin
         if (bre[i]) begin
             case (bit_read[radr][i])
        1'bx: bit_read[radr][i] = rdarr[i];
     1'b0: bit_read[radr][i] = rdarr[i] == 1 ? 1'bz : 1'b0;
     1'b1: bit_read[radr][i] = rdarr[i] == 0 ? 1'bz : 1'b1;
     1'bz: bit_read[radr][i] = 1'bz;
          endcase
         end
     end
    end
// Word is marked read only if any of the bits are read.
    word_read[radr] = |(bre);
end
//VCS coverage on
`endif // MONITOR
`ifndef SYNTHESIS
assign #0.1 rout_B = rdarr;
`else
assign rout_B = rdarr;
`endif
`ifndef SYNTHESIS
// Task for initializing the arrays
//VCS coverage off
task mem_wr_raw_subbank;
  input [addrs-1:0] addr;
  input [59:0] data;
  begin
    arr[addr] = data;
  end
endtask
// function for array read
function [59:0] mem_read_raw_subbank;
input [addrs-1:0] addr;
 mem_read_raw_subbank = arr[addr];
endfunction
`ifdef FAULT_INJECTION
// BIST Tasks for inducing faults
// induce faults on columns
task mem_fault_no_write_subbank;
  input [bits-1:0] fault_mask;
   begin
    fault_no_write = fault_mask;
  end
endtask
// Stuck at 0 for entire memory
task mem_fault_stuck_0_subbank;
  input [bits-1:0] fault_mask;
  integer i;
   begin
    for ( i=0; i<words; i=i+1 ) begin
      bit_fault_stuck_0[i] = fault_mask;
    end
  end
endtask
// Stuck at 1 for entire memory
task mem_fault_stuck_1_subbank;
  input [bits-1:0] fault_mask;
  integer i;
   begin
    for ( i=0; i<words; i=i+1 ) begin
      bit_fault_stuck_1[i] = fault_mask;
    end
  end
endtask
// Stuck at 0 for specific bit
task set_bit_fault_stuck_0_subbank;
  input r;
  input c;
  integer r;
  integer c;
  bit_fault_stuck_0[r][c] = 1;
endtask
// Stuck at 1 for specific bit
task set_bit_fault_stuck_1_subbank;
  input r;
  input c;
  integer r;
  integer c;
  bit_fault_stuck_1[r][c] = 1;
endtask
// Clear stuck 0 at bit
task clear_bit_fault_stuck_0_subbank;
  input r;
  input c;
  integer r;
  integer c;
  bit_fault_stuck_0[r][c] = 0;
endtask
// Clear stuck 1 at bit
task clear_bit_fault_stuck_1_subbank;
  input r;
  input c;
  integer r;
  integer c;
  bit_fault_stuck_1[r][c] = 0;
endtask
//VCS coverage on
`endif //STUCK
`endif //SYNTHESIS
endmodule
`endif // end EMULATION
`endif // end RAM_INTERFACE